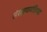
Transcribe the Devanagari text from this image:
संरक्षणमंत्रिपद